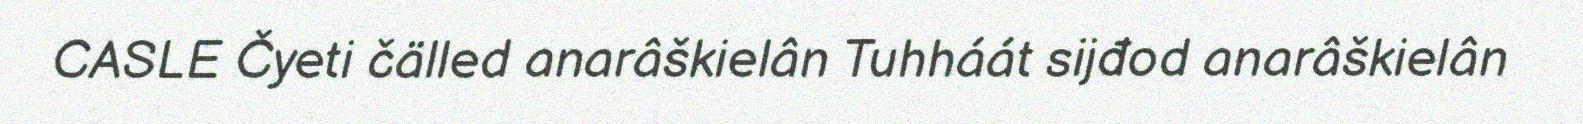
CASLE Čyeti čälled anarâškielân Tuhháát sijđod anarâškielân